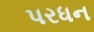
પરધન